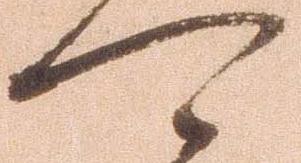
可